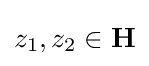
z_{1},z_{2}\in \mathbf {H}